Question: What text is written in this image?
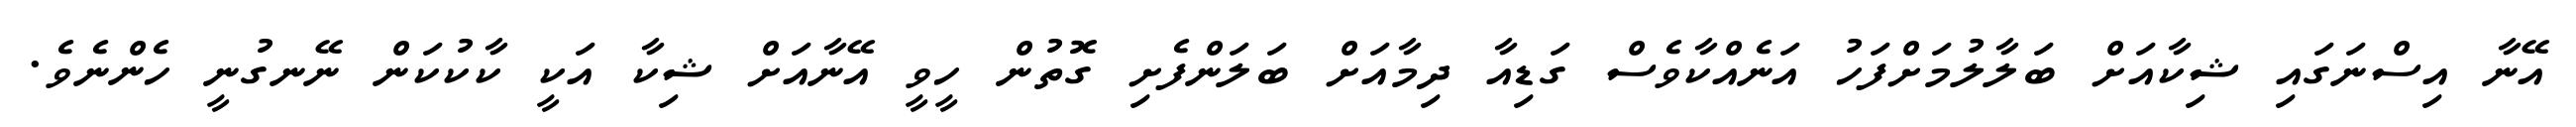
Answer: އޭނާ އިސްނަގައި ޝިކާއަށް ބަލާލުމަށްފަހު އަނެއްކާވެސް ގަޑިއާ ދިމާއަށް ބަލަންފެށި ގޮތުން ހީވީ އޭނާއަށް ޝިކާ އަކީ ކާކުކަން ނޭނގުނީ ހެންނެވެ.